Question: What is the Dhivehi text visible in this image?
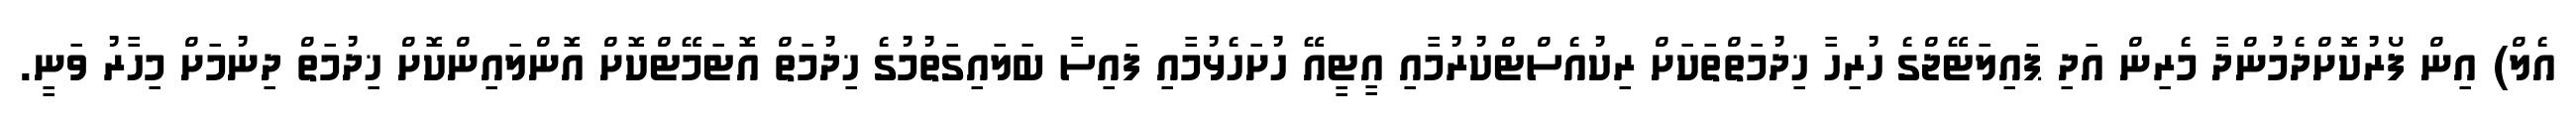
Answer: އެލް) އިން ފޯރުކޮށްދެމުންދާ މެރިން އަދި ޕައިލަޓޭޖްގެ ހުރިހާ ޚިދުމަތްތަކަށް ރިކުއެސްޓްކުރުމާއި އީޓީއޭ ހުށަހެޅުމާއި ފައިސާ ބަލައިގަތުމުގެ ޚިދުމަތް އޮޓަމޭޓްކޮށް އޮންލައިންކޮށް ޚިދުމަތް ދިނުމަށް މިހާރު ވަނީ.